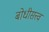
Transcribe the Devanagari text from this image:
बोधीसत्त्व